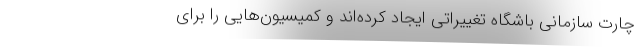
چارت سازمانی باشگاه تغییراتی ایجاد کرده‌اند و کمیسیون‌هایی را برای